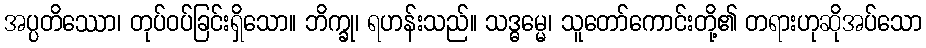
အပ္ပတိဿော၊ တုပ်ဝပ်ခြင်းရှိသော။ ဘိက္ခု၊ ရဟန်းသည်။ သဒ္ဓမ္မေ၊ သူတော်ကောင်းတို့၏ တရားဟုဆိုအပ်သော